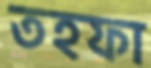
তহফা